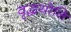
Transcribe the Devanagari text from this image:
वृद्धयोनि